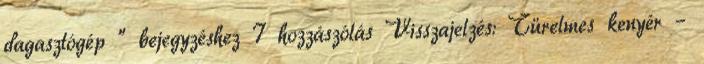
dagasztógép ” bejegyzéshez 7 hozzászólás Visszajelzés: Türelmes kenyér –